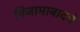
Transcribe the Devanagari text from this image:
निजामाबादचे